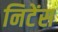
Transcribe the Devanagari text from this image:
निटेंस